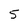
Character: 5